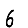
Digit: 6